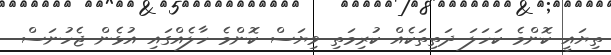
ތިޔައީ ކޮންމެ ކަހަލަ ދަތިތަކެއް ކުރިމަތި ވިޔަސް ކޮންމެ ހާލެއްގައި އުޅެން ޖެހުނަސް